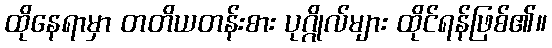
ထိုနေရာမှာ တတိယတန်းစား ပုဂ္ဂိုလ်များ ထိုင်ရန်ဖြစ်၏။